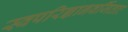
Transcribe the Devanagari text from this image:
स्वपरिज्ञानवर्जिताः